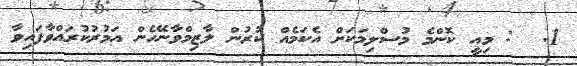
1.  : މިއީ ކޮންމެ މުސްލިމަކަށް އެކަމެއް ކުރުން ލާޒިމްވާނޭހެން އަމުރުކުރައްވާފައިވާ